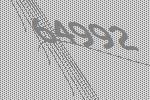
64992